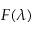
F ( \lambda )